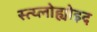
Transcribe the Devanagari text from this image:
स्त्य्लोह्योइद